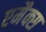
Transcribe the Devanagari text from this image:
एमैक्स